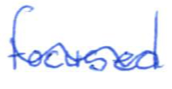
Text: focused
Cross-out: wave
Writing tool: ballpoint